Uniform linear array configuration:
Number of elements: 16
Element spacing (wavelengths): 1
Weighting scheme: hann
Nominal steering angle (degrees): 0
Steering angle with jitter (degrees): -0.9741
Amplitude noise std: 0.05
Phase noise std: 0.05

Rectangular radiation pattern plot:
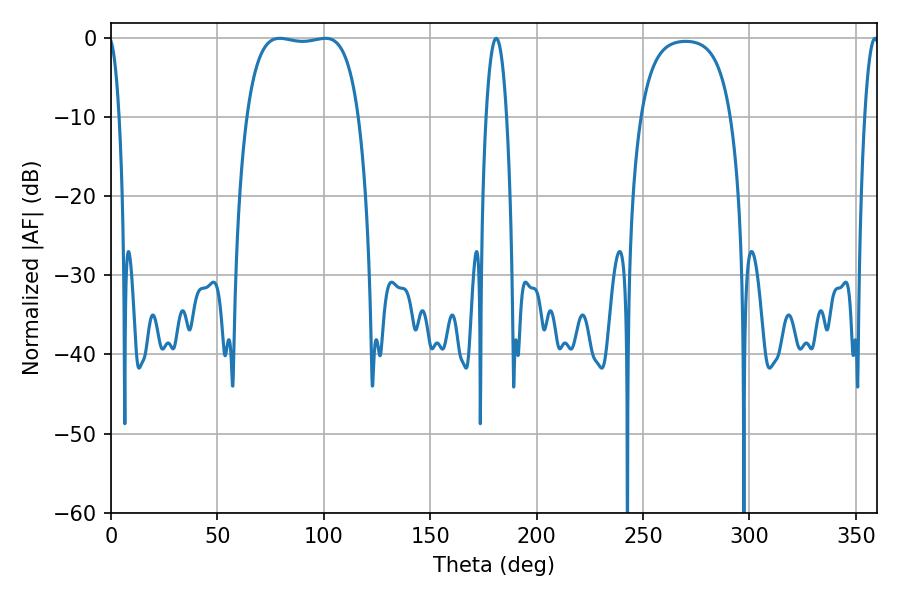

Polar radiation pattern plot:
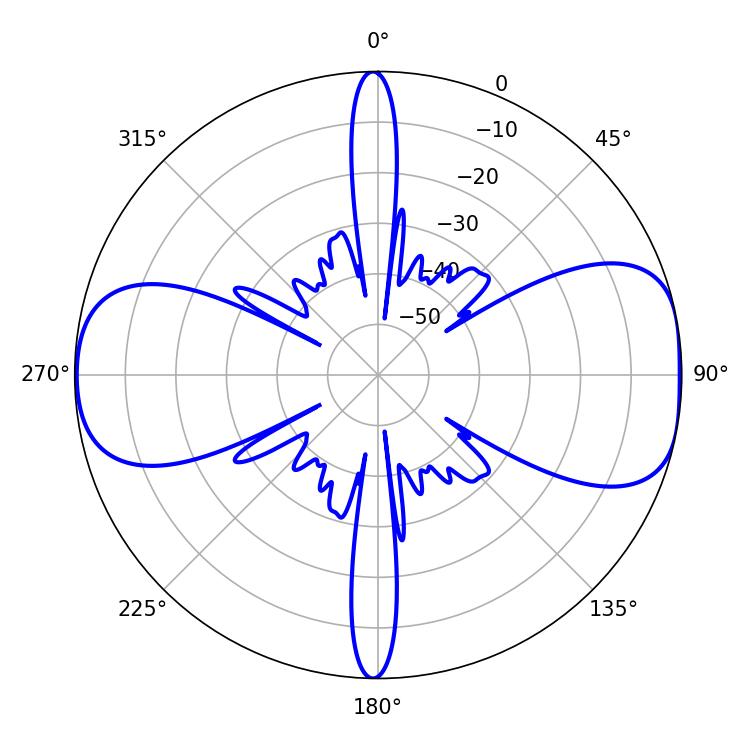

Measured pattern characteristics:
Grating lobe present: TRUE
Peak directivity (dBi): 9.336
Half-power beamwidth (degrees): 41.76
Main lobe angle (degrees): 79.2